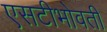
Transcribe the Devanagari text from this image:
एसटीभोवती